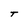
Character: T